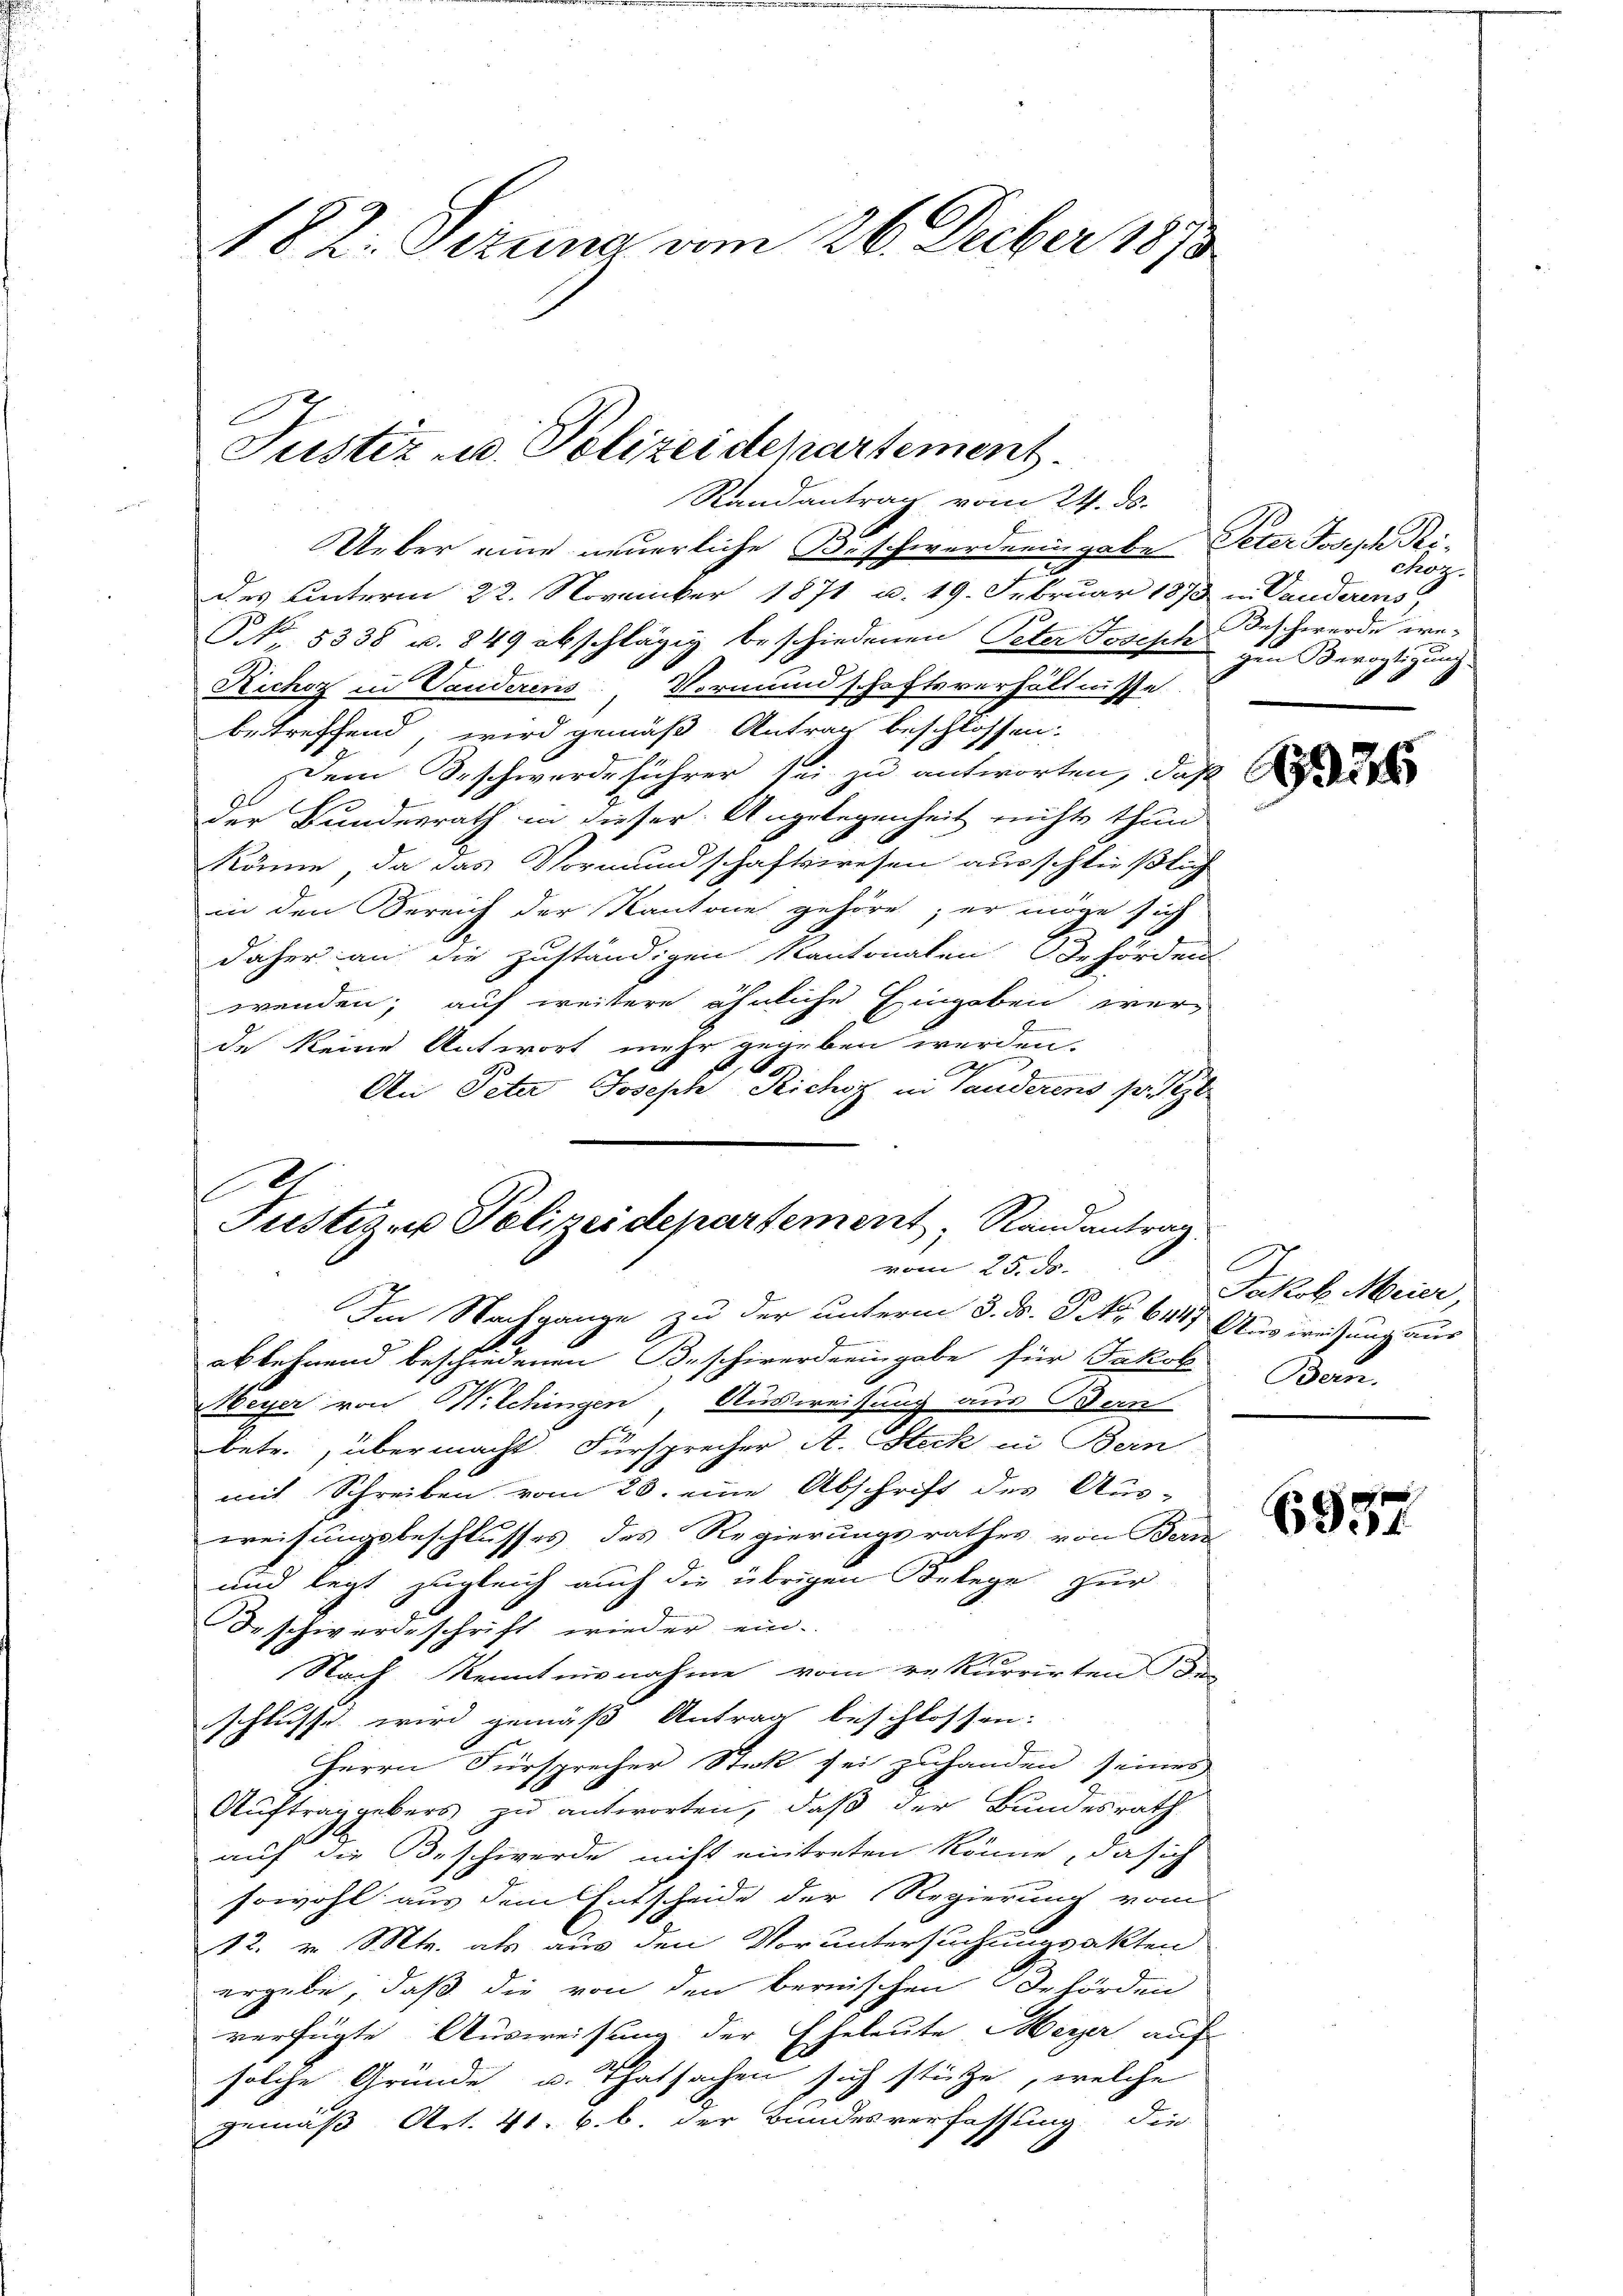
82. Perung am 26. Feber 1873

Justiz u. Polizeidepartement.
Randantrag vom 24. ds.

Ueber eine neuerliche Beschwerderingabe Peter Joseph Riz
des unterm 22. November 1871 u. 19. Februar 1873 in Vanderens,
N 5338 u. 849 abschlägig beschiedenen Peter Joseph
Richoz in Vanderens Vormundschaftsverhältnisse
betreffend, wird gemäß Antrag beschlossen:
Dem Beschwerdeführer sei zu antworten, daß
der Bundesrath in dieser Angelegenheit nichts thun
könne, da das Vormundschaftswesen ausschließlich
in den Sereich der Kantone gehöre; er möge sich
daher an die zuständigen Kantonalen Behörden
wenden; auf weitere ähnliche Eingaben werde keine Antwort mehr gegeben werden.
An Peter Joseph Richst in Handerens so z
Im Nachgange zu der unterm 8. ds. S. 6445 Ausweisung aus
ablehnend beschiedenen Beschirerdeeingabe für Jakob
Meyer von Wilchingen, Ausweisung aus Bern
betr., übermacht. Fürsprecher A. Steck in Bern
mit Schreiben vom 28. eine Abschrift des Aus-
weisungsbeschlusses des Regierungsrathes von Bern
und legt zugleich auch die übrigen Belege zur
Beschwerdeschrift wieder ein.
Nach Kenntnisnahme vom rekurrirten de
schlusse wird gemäß Antrag beschlossen:
Herrn Fürsprecher Stick sei zuhanden seines
Auftrag gebers zu antworten, daß der Bundesrath
auf die Beschwerde nicht eintreten könne, da sich
sowohl aus dem Entscheide der Regierung vom
12. v. Mts. als aus den Voruntersuchungsakten
ergebe, daß die von den bernischen Behörden
verfügte Ausweisung der Eheleute Meyer auf
solche Gründe u. Thatsachen sich stütze, welche
gemäß Art. 41. 6. b. der Bundesverfassung die

2
Justizen Polizeidepartement, Randantrag.
vom 25. ds.

Chog.
.
Beschwerde iregen Bevogtigung.

E
Jakob Meier
Bom.

6957